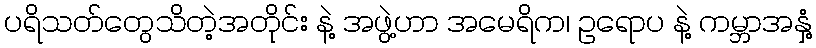
ပရိသတ်တွေသိတဲ့အတိုင်း နဲ့ အဖွဲ့ဟာ အမေရိက၊ ဥရောပ နဲ့ ကမ္ဘာအနှံ့